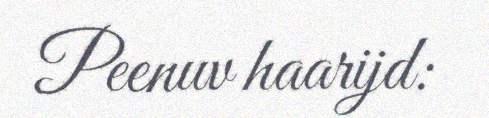
Peenuv haarijd: